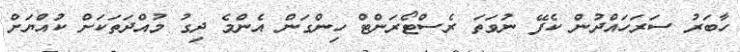
ހާބަރު ސަރަހައްދުން ކެފޭ ނުވަތަ ރެސްޓޯރަންޓް ހިންގަން އެންމެ ދިގު މުއްދަތަކަށް ކުއްޔަށް